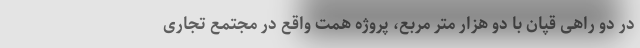
در دو راهی قپان با دو هزار متر مربع، پروژه همت واقع در مجتمع تجاری